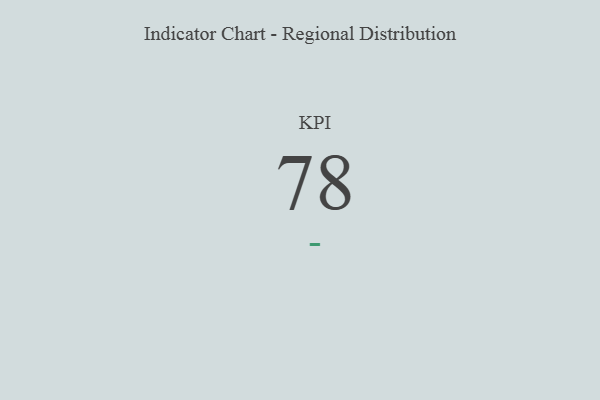
{"axis": {"x": "KPI", "y": "Value"}, "legend": [""], "data": [{"x": "KPI", "y": 78, "type": ""}]}